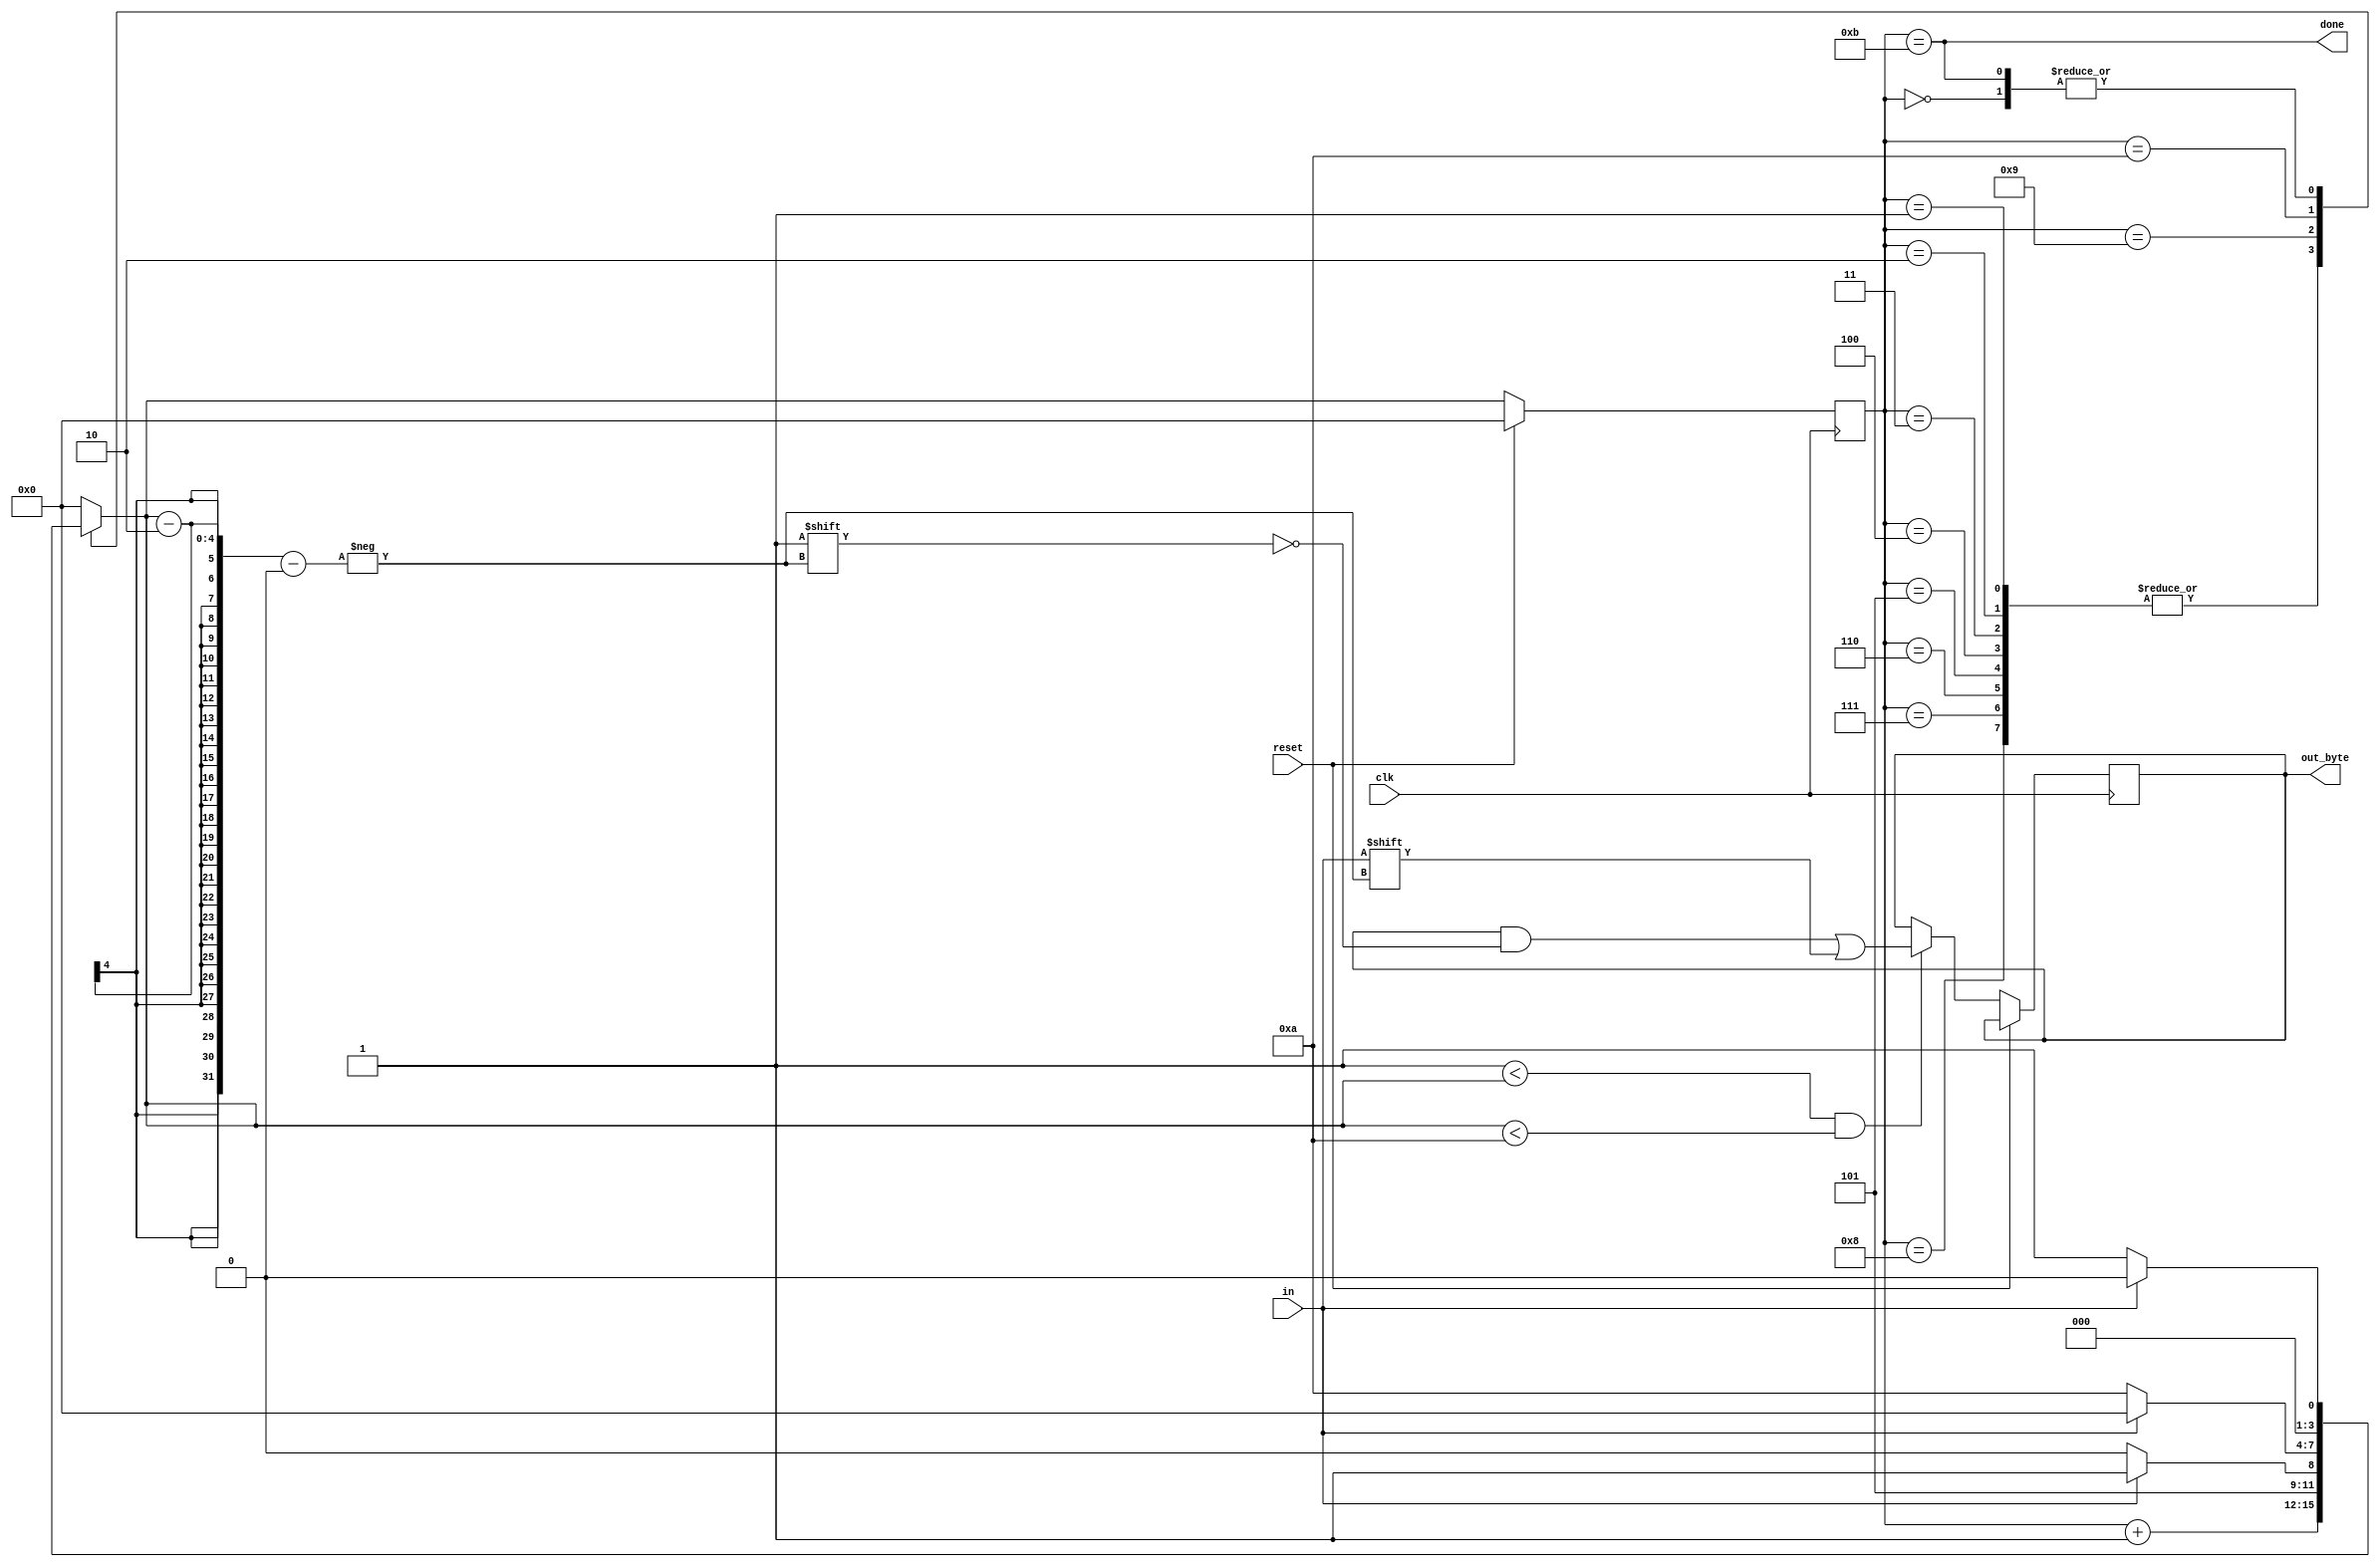
module top_module(
    input clk,
    input in,
    input reset,    // Synchronous reset
    output [7:0] out_byte,
    output done
); //
    
    reg [3:0] state, next_state;
    
    // Use FSM from Fsm_serial
    always @(*) begin
        case(state)
            4'h0:	next_state = in? 4'h0 : 4'h1;
            4'h1, 4'h2, 4'h3, 4'h4, 4'h5, 4'h6, 4'h7, 4'h8:	next_state = state + 1;
            4'h9:	next_state = in? 4'hb : 4'ha;
            4'ha:	next_state = in? 4'h0 : 4'ha;	// state stop bit not found
            4'hb:	next_state = in? 4'h0 : 4'h1;	// state done
            default:	next_state = 4'h0;
        endcase
    end
    
    // New: Datapath to latch input bits.
    always @(posedge clk) begin
        if(reset)
            state <= 4'h0;
        else begin
            state <= next_state;
            if((1 < next_state) && (next_state < 10))
                out_byte[next_state - 2] <= in;
        end
    end
    
    assign done = (state == 4'hb);


endmodule